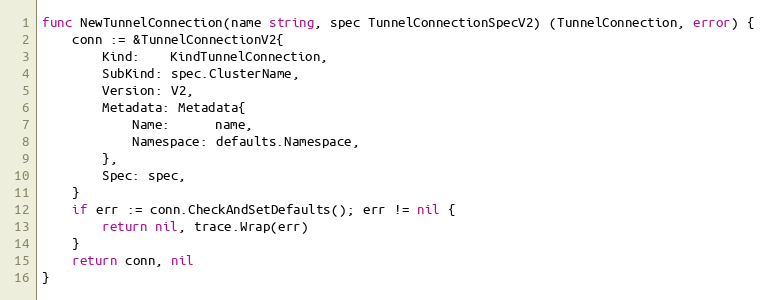
Language: Go
func NewTunnelConnection(name string, spec TunnelConnectionSpecV2) (TunnelConnection, error) {
	conn := &TunnelConnectionV2{
		Kind:    KindTunnelConnection,
		SubKind: spec.ClusterName,
		Version: V2,
		Metadata: Metadata{
			Name:      name,
			Namespace: defaults.Namespace,
		},
		Spec: spec,
	}
	if err := conn.CheckAndSetDefaults(); err != nil {
		return nil, trace.Wrap(err)
	}
	return conn, nil
}